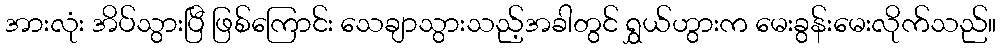
အားလုံး အိပ်သွားပြီ ဖြစ်ကြောင်း သေချာသွားသည့်အခါတွင် ရွှယ်ဟွားက မေးခွန်းမေးလိုက်သည်။